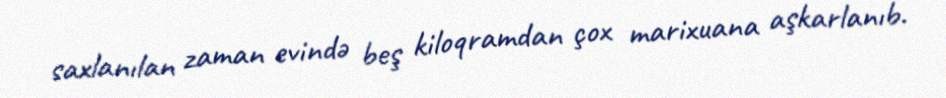
saxlanılan zaman evində beş kiloqramdan çox marixuana aşkarlanıb.